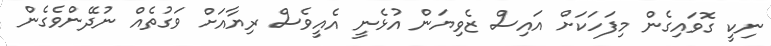
ނިކީ ގޮވައިގެން މިފަހަކަށް އައިސް ޒެވިޔަން އުޅެނީ އެއީވެސް ރިޔާއަށް ވަގުތެއް ނުދޭންވެގެން